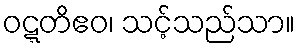
ဝဋ္ဋတိဧဝ၊ သင့်သည်သာ။